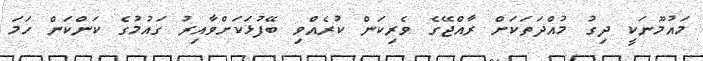
މައުމޫނަކީ ދިގު މުއްދަތަކަށް ރާއްޖޭގެ ވެރިކަން ކުރެއްވި ބޭފުޅަކަށްވާއިރު ގައުމުގެ ކަންކަން ހަމަ